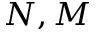
N , M